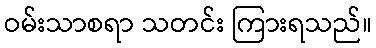
ဝမ်းသာစရာ သတင်း ကြားရသည်။